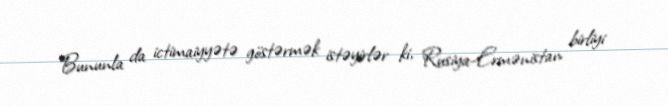
Bununla da ictimaiyyətə göstərmək istəyirlər ki, Rusiya-Ermənistan birliyi